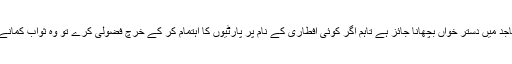
ان کے مطابق افطاری کے وقت مساجد میں دستر خواں بچھانا جائز ہے تاہم اگر کوئی افطاری کے نام پر پارٹیوں کا اہتمام کر کے خرچ فضولی کرے تو وہ ثواب کمانے کے بجائے گناہگار ہی ہوجائے گا۔